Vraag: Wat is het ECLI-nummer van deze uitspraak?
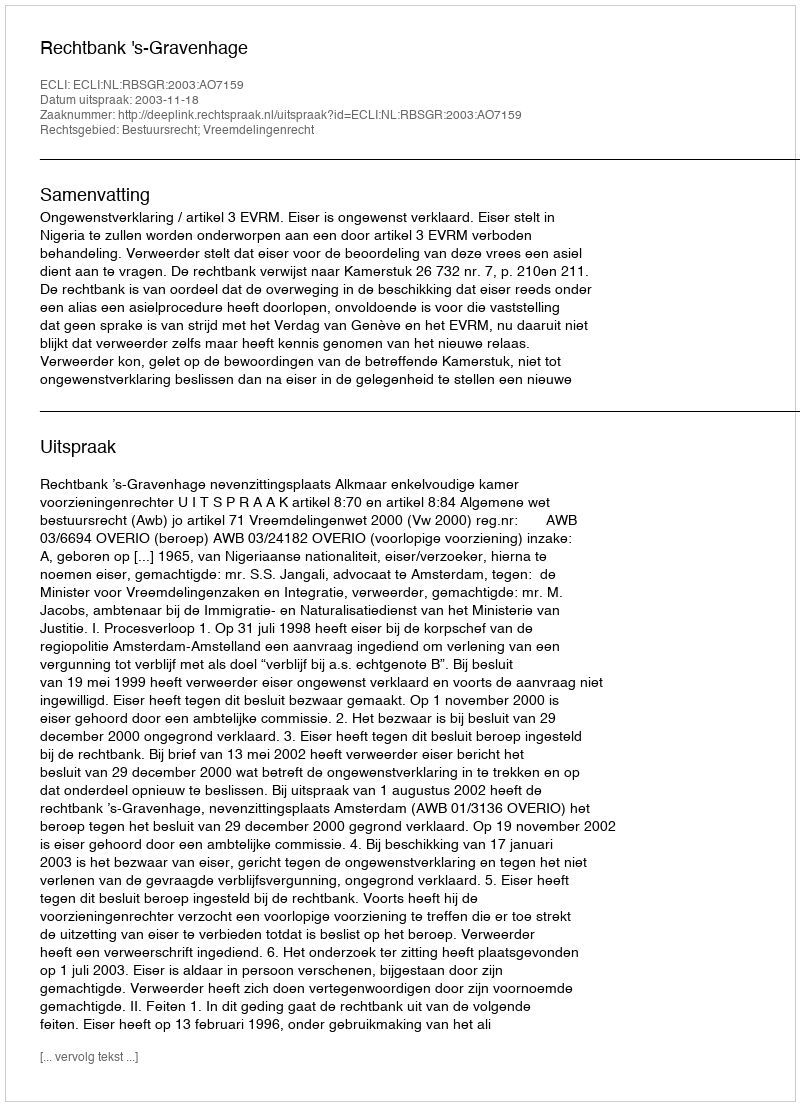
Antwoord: ECLI:NL:RBSGR:2003:AO7159